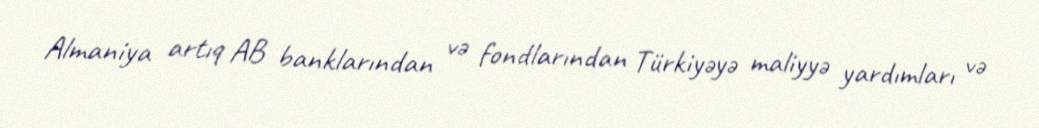
Almaniya artıq AB banklarından və fondlarından Türkiyəyə maliyyə yardımları və